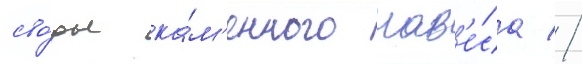
сво́ды ка́м'енного нав'е́са //